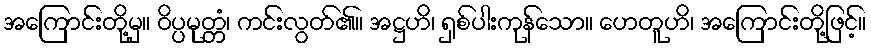
အကြောင်းတို့မှ။ ဝိပ္ပမုတ္တံ၊ ကင်းလွတ်၏။ အဋ္ဌဟိ၊ ရှစ်ပါးကုန်သော။ ဟေတူဟိ၊ အကြောင်းတို့ဖြင့်။